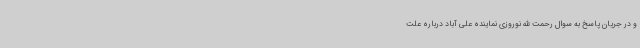
و در جریان پاسخ به سوال رحمت الله نوروزی نماینده علی آباد درباره علت